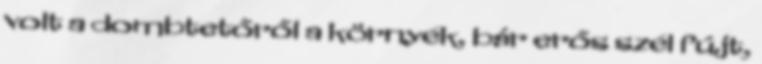
volt a dombtetőről a környék, bár erős szél fújt,